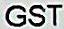
GST